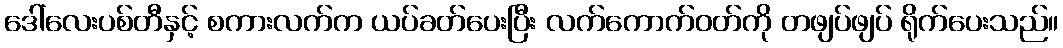
ဒေါ်လေးပစ်တီနှင့် စကားလက်က ယပ်ခတ်ပေးပြီး လက်ကောက်ဝတ်ကို တဖျပ်ဖျပ် ရိုက်ပေးသည်။